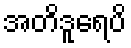
အတိဒူရေပိ